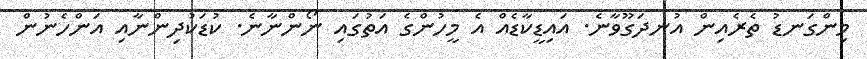
މިންގަނޑު ތެރެއިން އުނދަގޫވާނެ. އައިޑީކާޑެއް އެ މީހުންގެ އަތުގައި ނޯންނާނެ. ކުޑަކުދިންނާއި އަންހެނުން